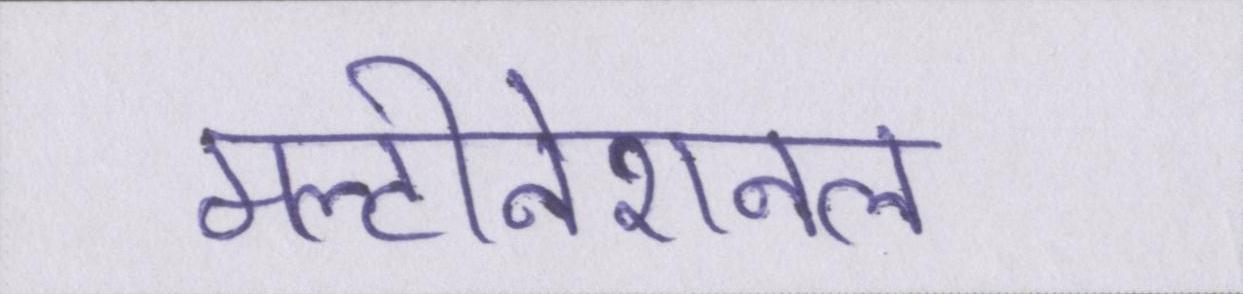
मल्टीनेशनल